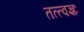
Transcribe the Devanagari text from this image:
तत्त्वज्ञः